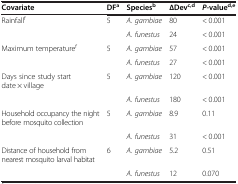
| Covariate | DFa | Speciesb | ∆Devc,d | P-valued,e |
 | --- | --- | --- | --- | --- |
 | Rainfallf | 5 | A. gambiae | 80 | < 0.001 |
 |  |  | A. funestus | 24 | < 0.001 |
 | Maximum temperaturef | 5 | A. gambiae | 57 | < 0.001 |
 |  |  | A. funestus | 27 | < 0.001 |
 | Days since study start date × village | 5 | A. gambiae | 120 | < 0.001 |
 |  |  | A. funestus | 180 | < 0.001 |
 | Household occupancy the night before mosquito collection | 5 | A. gambiae | 8.9 | 0.11 |
 |  |  | A. funestus | 31 | < 0.001 |
 | Distance of household from nearest mosquito larval habitat | 6 | A. gambiae | 5.2 | 0.51 |
 |  |  | A. funestus | 12 | 0.070 |